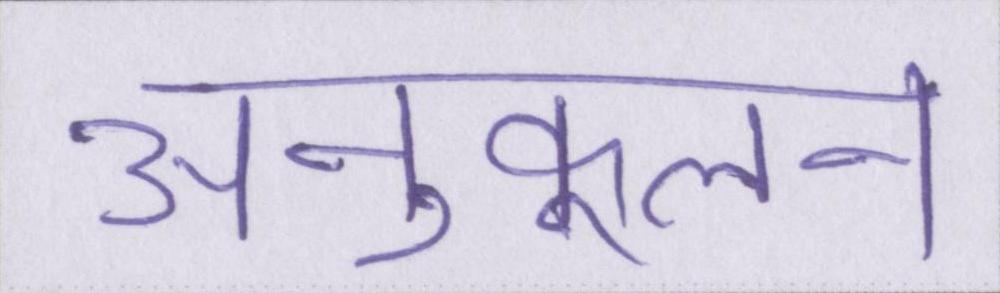
अनुकूलन